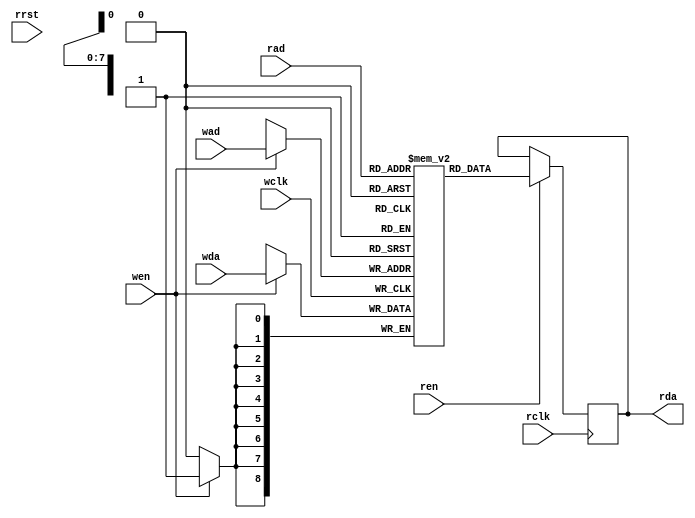
// Description  : Editing from Xilinx's code
////////////////////////////////////////////////////////////////////////////////

module xil_bram_sdp_2clk
    (
     wclk,
     wen ,
     wad ,
     wda ,
     rclk,
     rrst,
     ren ,
     rad ,
     rda 
     );

parameter ADR = 8;
parameter DAT = 9;
parameter DEP = 256;
parameter DEL = 1  ;
parameter INIT_FILE = "";

input [ADR-1:0]     wad ;
input [ADR-1:0]     rad ;
input [DAT-1:0]     wda ;
input               wclk;
input               rclk;
input               wen ;
input               ren ;
input               rrst;
output [DAT-1:0]    rda ;


wire                regceb = 1'b1;

(* ram_style="block" *) 
reg [DAT-1:0]       ram_name [DEP-1:0];
reg [DAT-1:0]       ram_data = {DAT{1'b0}};

generate
if (INIT_FILE != "")
    begin: use_init_file
    initial
        $readmemh(INIT_FILE, ram_name, 0, DEP-1);
    end 
else
    begin: init_bram_to_zero
    integer ram_index;
    initial
        for (ram_index = 0; ram_index < DEP; ram_index = ram_index + 1)
            ram_name[ram_index] = {DAT{1'b0}};
    end
endgenerate

always @(posedge wclk)
    if (wen)    ram_name[wad] <= wda; 

always @(posedge rclk)
    begin
    if (ren)    ram_data <= ram_name[rad];
    end

generate
if (DEL == 1) 
    begin: no_output_register
    assign rda = ram_data;
    end 
else
    begin: output_register
    reg [DAT-1:0] rda_reg = {DAT{1'b0}};
    always @(posedge rclk)
        if (rrst)           rda_reg <= {DAT{1'b0}};
        else if (regceb)    rda_reg <= ram_data;
    assign                  rda = rda_reg;
    end
endgenerate


endmodule